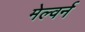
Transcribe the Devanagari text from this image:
मेल्वर्न